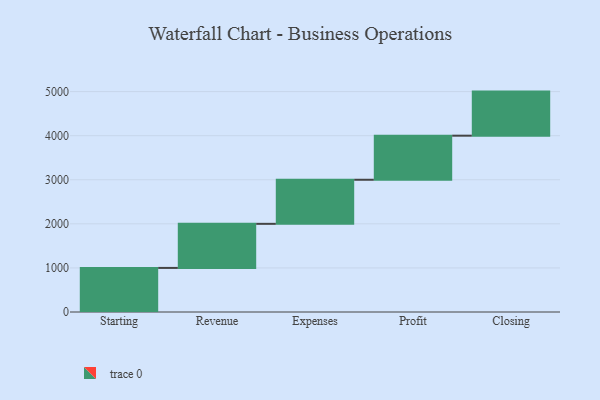
{"axis": {"x": "Step", "y": "Value"}, "legend": [""], "data": [{"x": "Starting", "y": 1000, "type": ""}, {"x": "Revenue", "y": 1000, "type": ""}, {"x": "Expenses", "y": 1000, "type": ""}, {"x": "Profit", "y": 1000, "type": ""}, {"x": "Closing", "y": 1000, "type": ""}]}